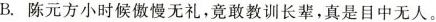
B.陈元方小时候傲慢无礼，竟敢教训长辈，真是目中无人。